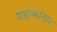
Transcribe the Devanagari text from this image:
महाकांतार